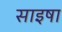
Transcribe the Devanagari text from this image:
साइषा